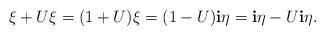
LaTeX: \begin{align*}\xi + U \xi = (1+U) \xi = (1-U) \mathbf{i} \eta = \mathbf{i} \eta - U\mathbf{i} \eta.\end{align*}